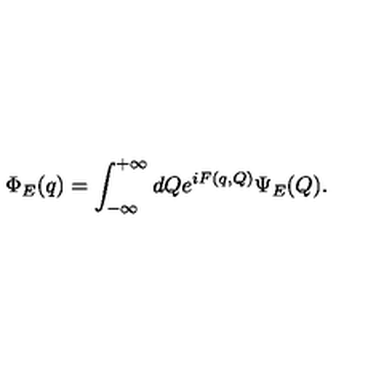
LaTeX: \Phi _ { E } ( q ) = \int _ { - \infty } ^ { + \infty } d Q e ^ { i F ( q , Q ) } \Psi _ { E } ( Q ) .